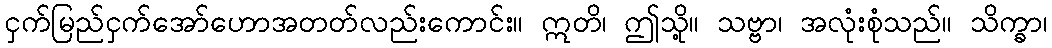
ငှက်မြည်ငှက်အော်ဟောအတတ်လည်းကောင်း။ ဣတိ၊ ဤသို့။ သဗ္ဗာ၊ အလုံးစုံသည်။ သိက္ခာ၊